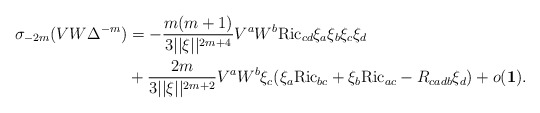
\begin{align*}\begin{aligned}\sigma _{-2m}(VW\Delta ^{-m})&=-\frac{m(m+1)}{3||\xi ||^{2m+4}} V^{a}W^{b}\mathrm{Ric}_{cd}\xi _{a}\xi _{b}\xi _{c}\xi _{d}\\&+\frac{2m}{3||\xi ||^{2m+2}}V^{a}W^{b}\xi _{c}(\xi _{a}\mathrm{Ric}_{bc}+\xi _{b}\mathrm{Ric}_{ac}-R_{cadb}\xi _{d})+o(\mathbf{1}).\end{aligned}\end{align*}